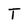
Character: T